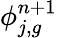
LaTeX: \phi_{j,g}^{n+1}